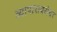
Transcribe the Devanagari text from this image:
व्यापाराबरोबर